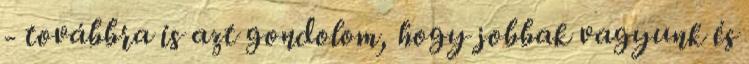
- továbbra is azt gondolom, hogy jobbak vagyunk és